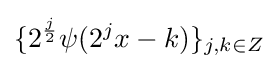
\{2^{\frac {j}{2}}\psi (2^{j}x-k)\}_{j,k\in Z}